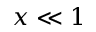
x \ll 1